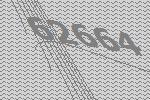
62664